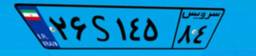
۲۶S۱۴۵۸۴